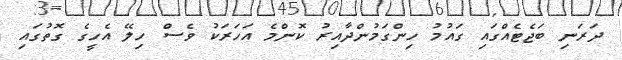
ދަރަނި ބަޖެޓެއްގައި ގައުމު ހިންގަމުންދާއިރު ކޮންމެ އަހަރަކު ވެސް ހިލޭ އެހީގެ ގޮތުގައި